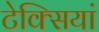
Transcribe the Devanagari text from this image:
टेक्सियां